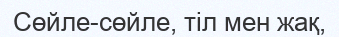
Сөйле-сөйле, тіл мен жақ,